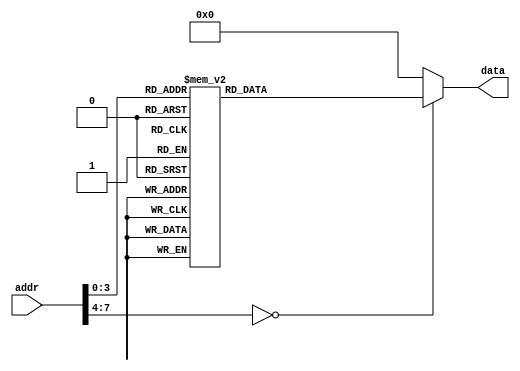
`timescale 1ns / 1ps
/*-----------------------------------------------------------------------------
   Este fichero es parte del procesador DAPA2014 diseado en la asignatura
   Diseo de Avanzado de Procesadores y Aplicaciones del 
   Master Universitario en Ingeniera de Computadores y Redes de la
   Universidad de Sevilla
   
   It is distributed under GNU General Public License
   See at http://www.gnu.org/licenses/gpl.html 
   Copyright (C) 2013 Paulino Ruiz de Clavijo Vzquez <paulino@dte.us.es>
   You can get more info at http://www.dte.us.es/id2
--------------------------------------------------------------------------------

   Fecha:     05-02-2014
   Revisin:  1

   Autor/es: Carlos Lpez / Yamnia Rodriguez
					
   
	
--*--------------------------------- End auto header, don't touch this line --*/

/*
Programa 3: Aritmticas y salto

Este programa prueba las instrucciones aritmticas y de salto realizando un bucle. Consiste en multiplicar dos nmeros mediante sumas sucesivas

  LDI  R0,$08
  LDI  R1,$10
  LDI  R2,$00
BUCLE:
  SUBI R1,$01
  BRZS FIN
  ADD  R2,R0
  JMP  BUCLE
FIN:
  STS $80,R2
  STOP
*/


module memory(
    output reg [15:0] data,
    input [7:0] addr
    );

always@*
begin


	case (addr)
	8'b00000000: data=16'b1111100000001000; // LDI  R0,$08
	8'b00000001: data=16'b1111100100010001; // LDI  R1,$10
	8'b00000010: data=16'b1111101000000000; // LDI  R2,$00
	8'b00000011: data=16'b1101000100000001; // BUCLE: SUBI R1,$01
  	8'b00000100: data=16'b0011001100000111; // BRLT FIN
	8'b00000101: data=16'b0100001000000000; // ADD  R2,R0
  	8'b00000110: data=16'b0011100000000011; // JMP  BUCLE
	8'b00000111: data=16'b0001001010000010; // FIN: STS $82,R2
	8'b00001000: data=16'b1011100000000000; // STOP
	default:     data=0;



	endcase
end



endmodule